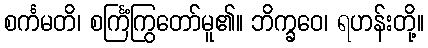
စင်္ကမတိ၊ စင်္ကြံကြွတော်မူ၏။ ဘိက္ခဝေ၊ ရဟန်းတို့။